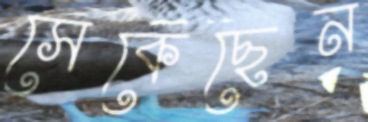
সেকেছেন